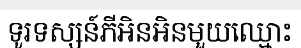
ទូរទស្សន៍ភីអិនអិនមួយឈ្មោះ